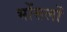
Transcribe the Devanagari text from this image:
भोंसलों